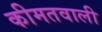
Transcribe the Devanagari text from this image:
कीमतवाली